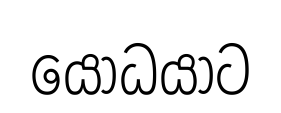
යෝධයාට